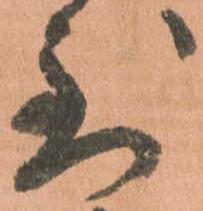
到